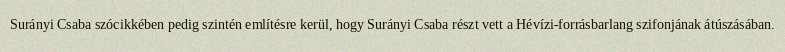
Surányi Csaba szócikkében pedig szintén említésre kerül, hogy Surányi Csaba részt vett a Hévízi-forrásbarlang szifonjának átúszásában.